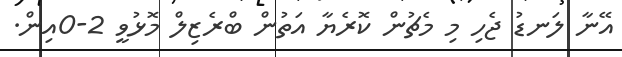
އޭނާ ލަނޑު ޖެހި މި މެޗުން ކޮރެޔާ އަތުން ބްރެޒިލް މޮޅުވީ 2-0އިން.